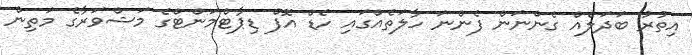
އިތުރު ބަދަލެއް ގެންނަން ފެންނަ ހާލަތެއްގައި ހެޑް އޮފް ޑިޕާޓްމަންޓްގެ މަޝްވަރާގެ މަތިން